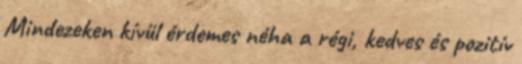
Mindezeken kívül érdemes néha a régi, kedves és pozitív